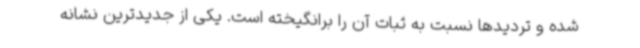
شده و تردیدها نسبت به ثبات آن را برانگیخته است. یکی از جدیدترین نشانه